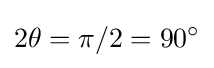
2\theta =\pi /2=90^{\circ }